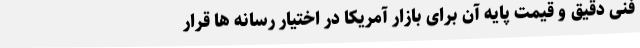
فنی دقیق و قیمت پایه آن برای بازار آمریکا در اختیار رسانه ها قرار